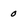
Character: 0